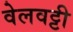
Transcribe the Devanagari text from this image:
वेलवट्टी